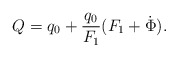
\begin{align*}Q = q_0 + \frac{q_0}{F_1}(F_1 + \dot \Phi).\end{align*}